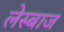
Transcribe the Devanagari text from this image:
लेस्बाज